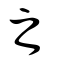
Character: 之